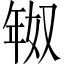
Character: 𫷗